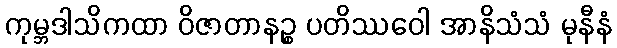
ကုမ္ဘဒါသိကထာ ဝိဇာတာနဉ္စ ပတိဿဝေါ အာနိသံသံ မုနီနံ